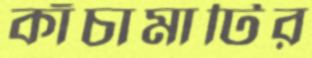
কাঁচামাটির